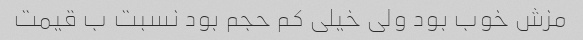
مزش خوب بود ولی خیلی کم حجم بود نسبت ب قیمت